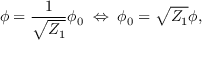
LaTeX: \phi = \frac { 1 } { \sqrt { Z _ { 1 } } } \phi _ { 0 } \; \Leftrightarrow \; \phi _ { 0 } = \sqrt { Z _ { 1 } } \phi ,